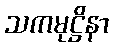
သကမုဋ္ဌိနာ